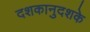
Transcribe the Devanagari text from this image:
दशकानुदशके